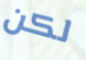
لكن